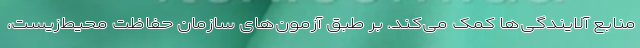
منابع آلایندگی‌ها کمک می‌کند. بر طبق آزمون‌های سازمان حفاظت محیط‌زیست،